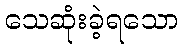
သေဆုံးခဲ့ရသော